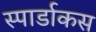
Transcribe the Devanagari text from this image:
स्पार्डाकस